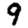
Digit: 9